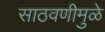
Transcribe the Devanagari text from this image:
साठवणीमुळे